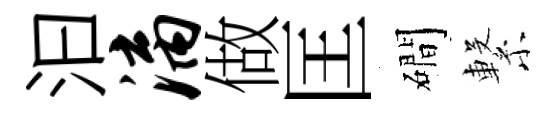
汩漓做匡磵繋